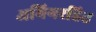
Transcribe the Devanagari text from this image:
अभिगरहित